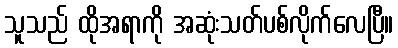
သူသည် ထိုအရာကို အဆုံးသတ်ပစ်လိုက်လေပြီ။